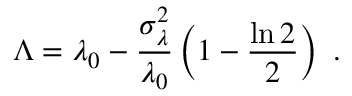
\Lambda = \lambda _ { 0 } - \frac { \sigma _ { \lambda } ^ { 2 } } { \lambda _ { 0 } } \left( 1 - \frac { \ln 2 } { 2 } \right) \ .